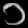
Digit: ၁